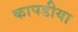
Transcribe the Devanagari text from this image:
कापडीया